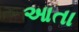
આતા